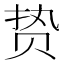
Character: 贽